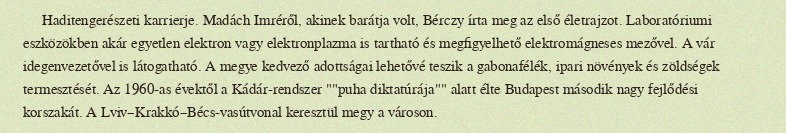
Haditengerészeti karrierje. Madách Imréről, akinek barátja volt, Bérczy írta meg az első életrajzot. Laboratóriumi eszközökben akár egyetlen elektron vagy elektronplazma is tartható és megfigyelhető elektromágneses mezővel. A vár idegenvezetővel is látogatható. A megye kedvező adottságai lehetővé teszik a gabonafélék, ipari növények és zöldségek termesztését. Az 1960-as évektől a Kádár-rendszer ""puha diktatúrája"" alatt élte Budapest második nagy fejlődési korszakát. A Lviv–Krakkó–Bécs-vasútvonal keresztül megy a városon.